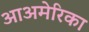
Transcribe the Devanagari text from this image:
आअमेरिका